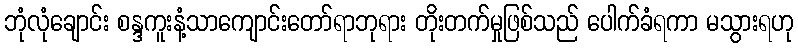
ဘုံလုံချောင်း စန္ဒကူးနံ့သာကျောင်းတော်ရာဘုရား တိုးတက်မှုဖြစ်သည် ပေါက်ခံရကာ မသွားရဟု